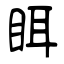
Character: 眲